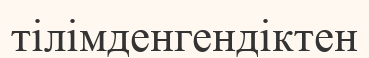
тілімденгендіктен